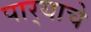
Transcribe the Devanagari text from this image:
पार्‍याचे